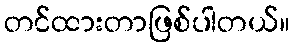
တင်ထားတာဖြစ်ပါတယ်။